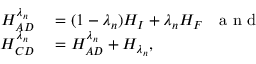
\begin{array} { r l } { H _ { A D } ^ { \lambda _ { n } } } & { { } = ( 1 - \lambda _ { n } ) H _ { I } + \lambda _ { n } H _ { F } ~ ~ \mathrm { ~ a ~ n ~ d ~ } } \\ { H _ { C D } ^ { \lambda _ { n } } } & { { } = H _ { A D } ^ { \lambda _ { n } } + H _ { \lambda _ { n } } , } \end{array}